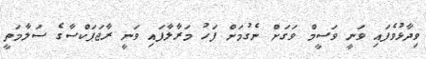
ވިދާޅުވެފައި ވަނީ ވަސީމް ވަގަށް ނެގުމަށް ފަހު މަރާލާފައި ވަނީ ރާޖަޕަކްސާގެ ސަލާމަތީ